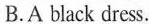
B. A black dress.